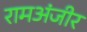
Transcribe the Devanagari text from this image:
रामअंजीर